Subject: cs
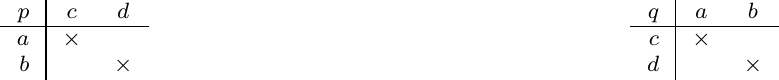
LaTeX code:
\begin{tikzpicture}[font=\footnotesize]

  \draw (-4,0) node {\begin{tabular}{r|cc}
                       $p$  & $c$ & $d$  \\ \hline
                       $a$ & $\times$ &    \\
                       $b$ &   & $\times$
                       \end{tabular}};

  \draw (4,0) node {\begin{tabular}{r|cc}
                       $q$ & $a$ & $b$ \\ \hline
                       $c$ &  $\times$ &   \\
                       $d$ &    & $\times$
                       \end{tabular}};

\end{tikzpicture}